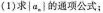
(1)求|a_{n}|的通项公式；